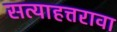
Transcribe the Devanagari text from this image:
सत्याहत्तरावा